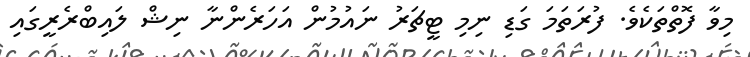
މިވާ ފޮތްތަކެވެ. ފުރަތަމަ ގަޑި ނިމި ޓީޗަރު ނައުމުން އަހަރެންނާ ނިޝް ލައިބްރެރީގައި